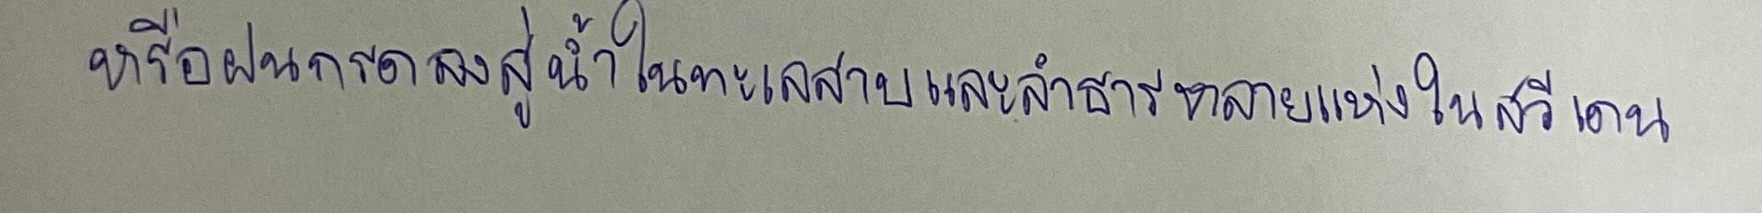
หรือฝนกรดลงสู่น้ำในทะเลสาบและลำธารหลายแห่งในสวีเดน